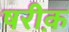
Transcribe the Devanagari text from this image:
षरीक़